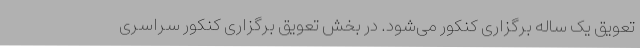
تعویق یک ساله برگزاری کنکور می‌شود. در بخش تعویق برگزاری کنکور سراسری